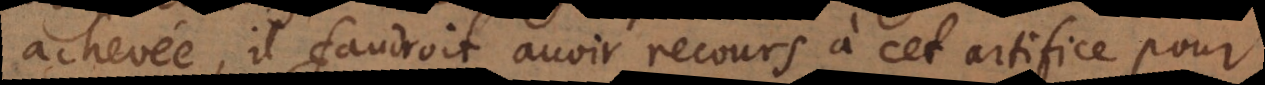
achevée, il faudroit avoir recours à cet artifice pour